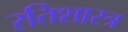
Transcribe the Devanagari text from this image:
रतिशास्त्र